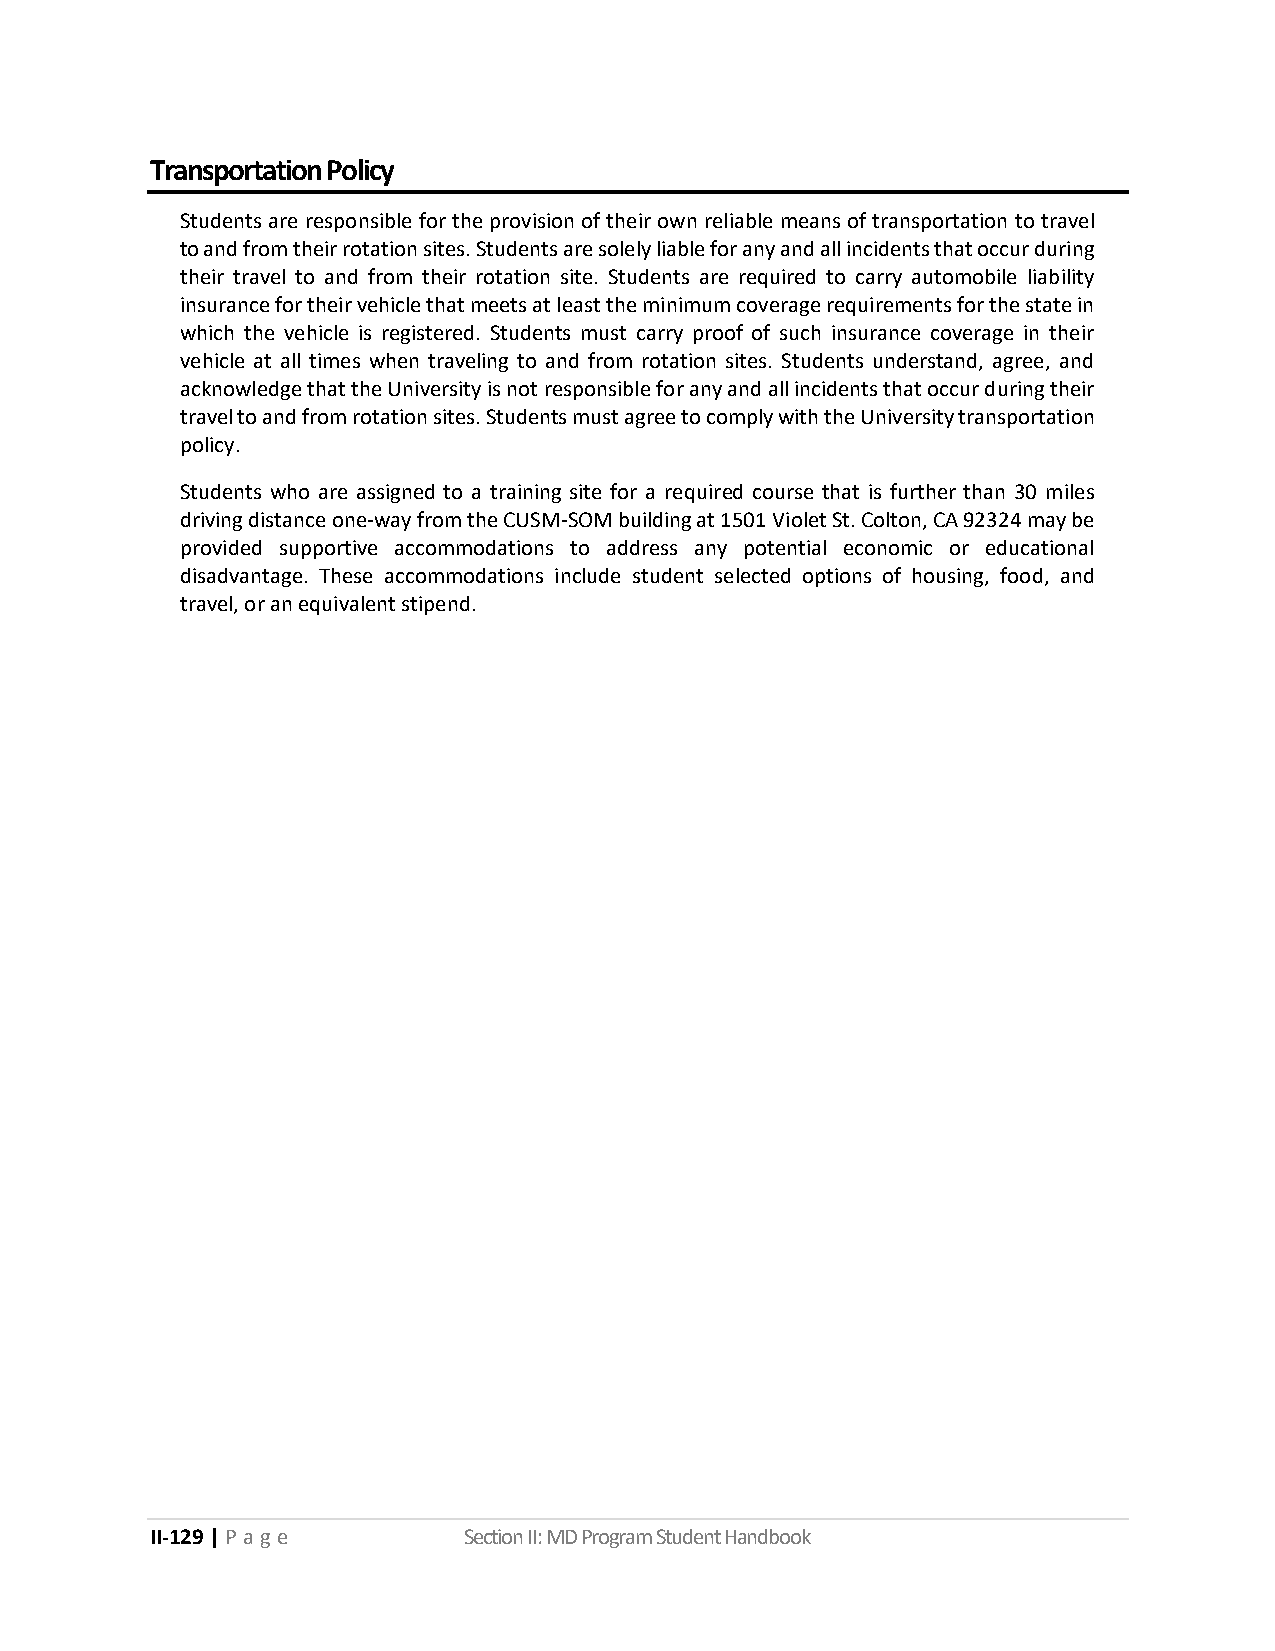
Transportation Policy
 Students are responsible for the provision of their own reliable means of transportation to travel
 to and from their rotation sites. Students are solely liable for any and all incidents that occur during
 their travel to and from their rotation site. Students are required to carry automobile liability
 insurance for their vehicle that meets at least the minimum coverage requirements for the state in
 which the vehicle is registered. Students must carry proof of such insurance coverage in their
 vehicle at all times when traveling to and from rotation sites. Students understand, agree, and
 acknowledge that the University is not responsible for any and all incidents that occur during their
 travel to and from rotation sites. Students must agree to comply with the University transportation
 policy.
 Students who are assigned to a training site for a required course that is further than 30 miles
 driving distance one-way from the CUSM-SOM building at 1501 Violet St. Colton, CA 92324 may be
 provided supportive accommodations to address any potential economic or educational
 disadvantage. These accommodations include student selected options of housing, food, and
 travel, or an equivalent stipend.
 II-129 | P a ge      Section II: MD Program Student Handbook